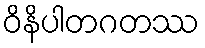
ဝိနိပါတဂတဿ